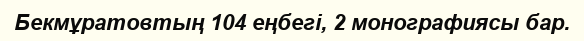
Бекмұратовтың 104 еңбегі, 2 монографиясы бар.